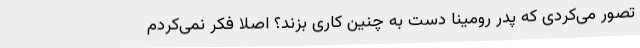
تصور می‌کردی که پدر رومینا دست به چنین کاری بزند؟ اصلا فکر نمی‌کردم